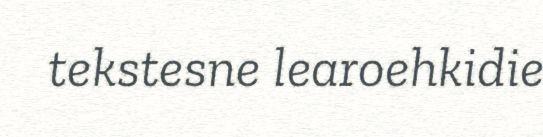
tekstesne learoehkidie